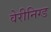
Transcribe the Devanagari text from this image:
वेरीनिग्ड